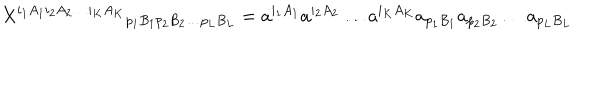
{ X ^ { i _ { 1 } A _ { 1 } i _ { 2 } A _ { 2 } \ldots i _ { K } A _ { K } } } _ { p _ { 1 } B _ { 1 } p _ { 2 } B _ { 2 } \ldots p _ { L } B _ { L } } = a ^ { i _ { 1 } A _ { 1 } } a ^ { i _ { 2 } A _ { 2 } } \ldots a ^ { i _ { K } A _ { K } } a _ { p _ { 1 } B _ { 1 } } a _ { p _ { 2 } B _ { 2 } } \ldots a _ { p _ { L } B _ { L } }